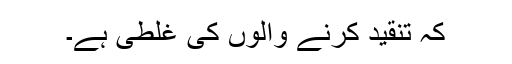
کہ تنقید کرنے والوں کی غلطی ہے۔